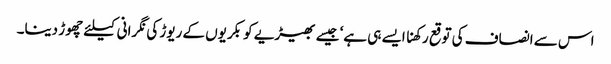
اس سے انصاف کی توقع رکھنا ایسے ہی ہے‘ جیسے بھیڑیے کو بکریوں کے ریوڑ کی نگرانی کیلئے چھوڑ دینا۔